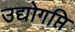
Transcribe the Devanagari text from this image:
उद्योगप्ति